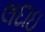
લદાઇ